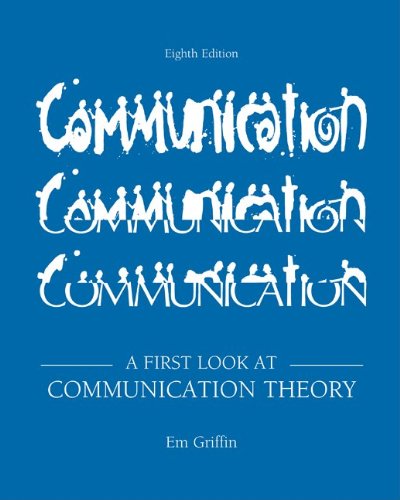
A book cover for A First Look at Communication Theory; Em Griffin; Reference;